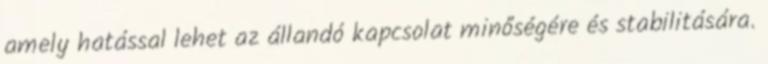
amely hatással lehet az állandó kapcsolat minőségére és stabilitására.